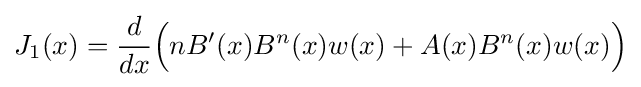
J_{1}(x)={\frac {d}{dx}}{\Big (}nB'(x)B^{n}(x)w(x)+A(x)B^{n}(x)w(x){\Big )}